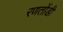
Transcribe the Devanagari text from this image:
रणतोंडी